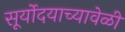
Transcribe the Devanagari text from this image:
सूर्योदयाच्यावेळी